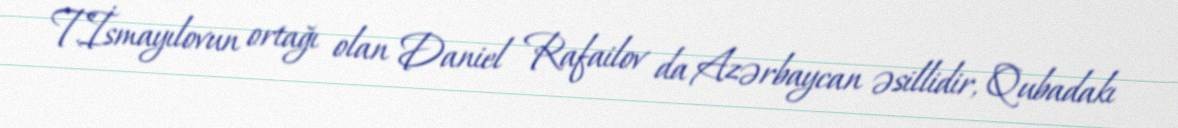
T.İsmayılovun ortağı olan Daniel Rafailov da Azərbaycan əsillidir, Qubadakı